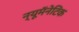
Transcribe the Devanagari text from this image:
न्यूमॅनेटिक